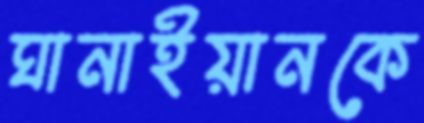
ঘানাইয়ানকে